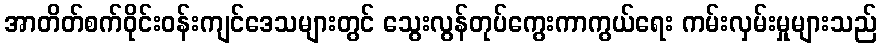
အာတိတ်စက်ဝိုင်းဝန်းကျင်ဒေသများတွင် သွေးလွန်တုပ်ကွေးကာကွယ်ရေး ကမ်းလှမ်းမှုများသည်